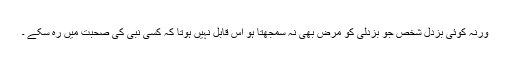
ورنہ کوئی بزدل شخص جو بزدلی کو مرض بھی نہ سمجھتا ہو اس قابل نہیں ہوتا کہ کسی نبی کی صحبت میں رہ سکے ۔